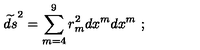
\widetilde { d s } ^ { 2 } = \sum _ { m = 4 } ^ { 9 } r _ { m } ^ { 2 } d x ^ { m } d x ^ { m } \ ;